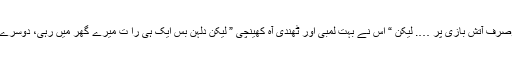
پچاس ہزار توصرف آتش بازی پر …. لیکن “ اس نے بہت لمبی اور ٹھندی آہ کھینچی ” لیکن دلہن بس ایک ہی را ت میرے گھر میں رہی، دوسرے دن ولیمہ تھا۔